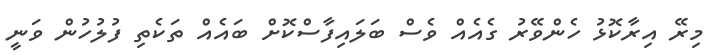
މިރޭ އިރާކޮޅު ހެންވޭރު ގެއެއް ވެސް ބަލައިފާސްކޮށް ބައެއް ތަކެތި ފުލުހުން ވަނީ